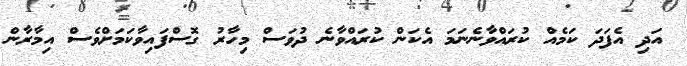
އަދި އެފަދަ ކަމެއް ކުރައްވާނެނަމަ އެކަން ކުރައްވާނެ ދުވަސް މިހާރު ގޮސްފައިވާކަމަށްވެސް އިމާރާން